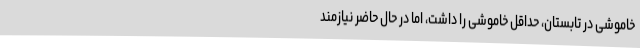
خاموشی در تابستان، حداقل خاموشی را داشت، اما در حال حاضر نیازمند